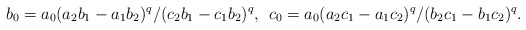
\begin{align*}b_0 = a_0(a_2 b_1 - a_1 b_2)^q/(c_2 b_1 - c_1 b_2)^q,\;\, c_0 = a_0(a_2 c_1 - a_1 c_2)^q/(b_2 c_1 - b_1 c_2)^q. \end{align*}